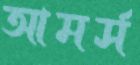
আমর্স